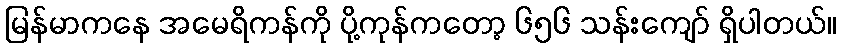
မြန်မာကနေ အမေရိကန်ကို ပို့ကုန်ကတော့ ၆၅၆ သန်းကျော် ရှိပါတယ်။